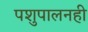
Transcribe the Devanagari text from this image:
पशुपालनही